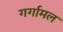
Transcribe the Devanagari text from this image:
गर्गामल